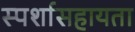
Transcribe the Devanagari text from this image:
स्पर्शासहायता